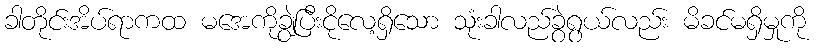
ခါတိုင်းအိပ်ရာကထ မအေကိုချွဲပြီးငိုလေ့ရှိသော သုံးခါလည်ခွဲရွယ်လည်း မိခင်မရှိမှုကို